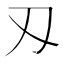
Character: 刄